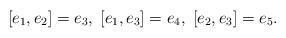
LaTeX: \begin{align*}[e_1,e_2]=e_3,\; [e_1,e_3]=e_4,\;[e_2,e_3]=e_5.\end{align*}